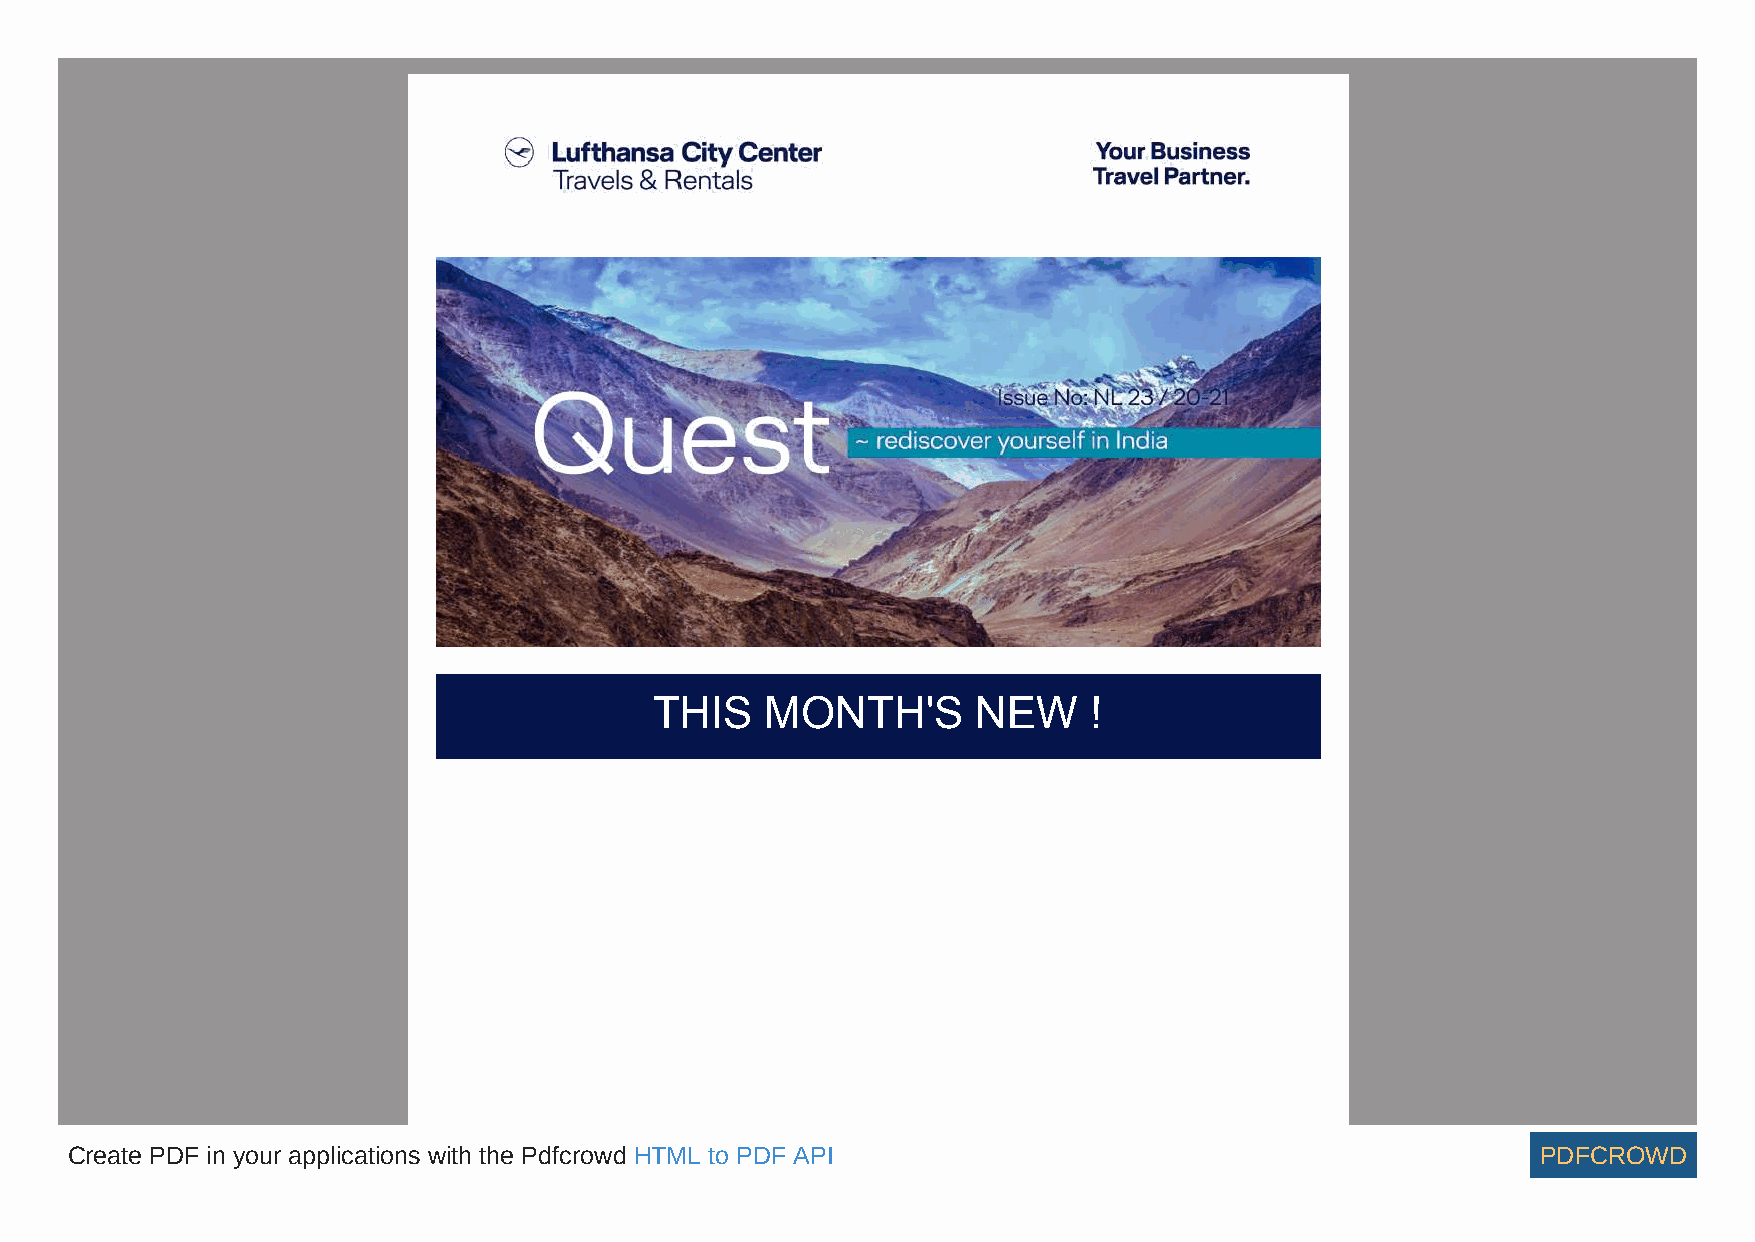
THIS    MONTH'S       NEW    !
 Create PDF in your applications with the Pdfcrowd HTML to PDF API                                 PDFCROWD